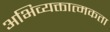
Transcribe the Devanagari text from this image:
अभिव्यक्तात्मकता